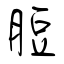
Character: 脰